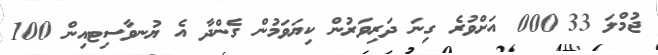
ޖުމްލަ 33?000 އަށްވުރެ ގިނަ ދަރިވަރުން ކިޔަވަމުން ގެންދާ އެ ޔުނވާސިޓއިން 100